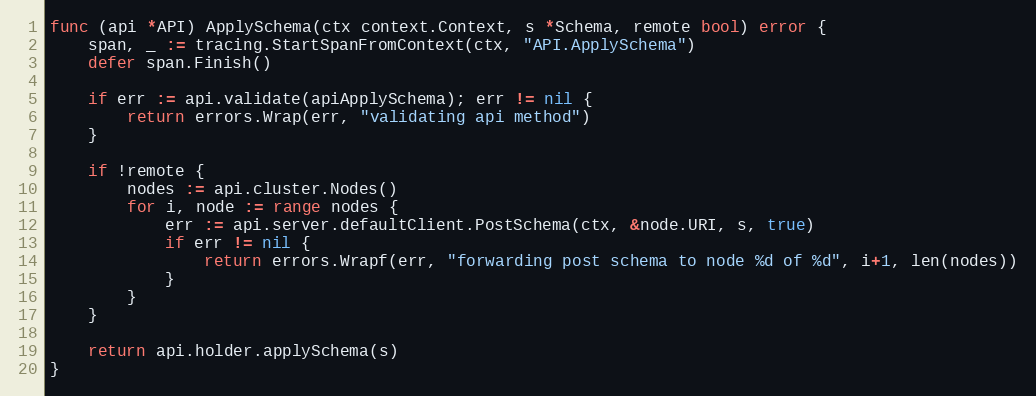
Language: Go
func (api *API) ApplySchema(ctx context.Context, s *Schema, remote bool) error {
	span, _ := tracing.StartSpanFromContext(ctx, "API.ApplySchema")
	defer span.Finish()

	if err := api.validate(apiApplySchema); err != nil {
		return errors.Wrap(err, "validating api method")
	}

	if !remote {
		nodes := api.cluster.Nodes()
		for i, node := range nodes {
			err := api.server.defaultClient.PostSchema(ctx, &node.URI, s, true)
			if err != nil {
				return errors.Wrapf(err, "forwarding post schema to node %d of %d", i+1, len(nodes))
			}
		}
	}

	return api.holder.applySchema(s)
}